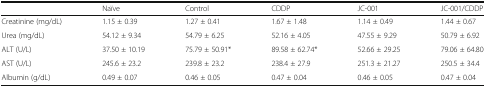
<table><thead><tr><td></td><td><b>Naïve</b></td><td><b>Control</b></td><td><b>CDDP</b></td><td><b>JC-001</b></td><td><b>JC-001/CDDP</b></td></tr></thead><tbody><tr><td>Creatinine (mg/dL)</td><td>1.15 ± 0.39</td><td>1.27 ± 0.41</td><td>1.67 ± 1.48</td><td>1.14 ± 0.49</td><td>1.44 ± 0.67</td></tr><tr><td>Urea (mg/dL)</td><td>54.12 ± 9.34</td><td>54.79 ± 6.25</td><td>52.16 ± 4.05</td><td>47.55 ± 9.29</td><td>50.79 ± 6.92</td></tr><tr><td>ALT (U/L)</td><td>37.50 ± 10.19</td><td>75.79 ± 50.91*</td><td>89.58 ± 62.74*</td><td>52.66 ± 29.25</td><td>79.06 ± 64.80</td></tr><tr><td>AST (U/L)</td><td>245.6 ± 23.2</td><td>239.8 ± 23.2</td><td>238.4 ± 27.9</td><td>251.3 ± 21.27</td><td>250.5 ± 34.4</td></tr><tr><td>Albumin (g/dL)</td><td>0.49 ± 0.07</td><td>0.46 ± 0.05</td><td>0.47 ± 0.04</td><td>0.46 ± 0.05</td><td>0.47 ± 0.04</td></tr></tbody></table>